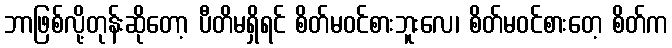
ဘာဖြစ်လို့တုန်းဆိုတော့ ပီတိမရှိရင် စိတ်မဝင်စားဘူးလေ၊ စိတ်မဝင်စားတေ့ စိတ်က